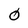
Character: 0